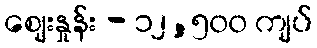
ဈေးနှုန်း - ၁၂,၅၀၀ ကျပ်